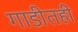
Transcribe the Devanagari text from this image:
गाडीतही